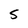
Character: S